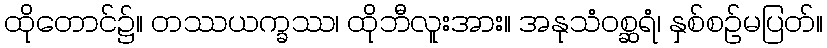
ထိုတောင်၌။ တဿယက္ခဿ၊ ထိုဘီလူးအား။ အနုသံဝစ္ဆရံ၊ နှစ်စဉ်မပြတ်။